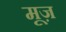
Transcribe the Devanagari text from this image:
मूज़